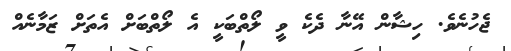
ޖެހުނެވެ. ހިޝާން އޭނާ ދެކެ ވީ ލޯތްބަކީ އެ ލޯތްބަށް އެތަށް ޒަމާނެއް